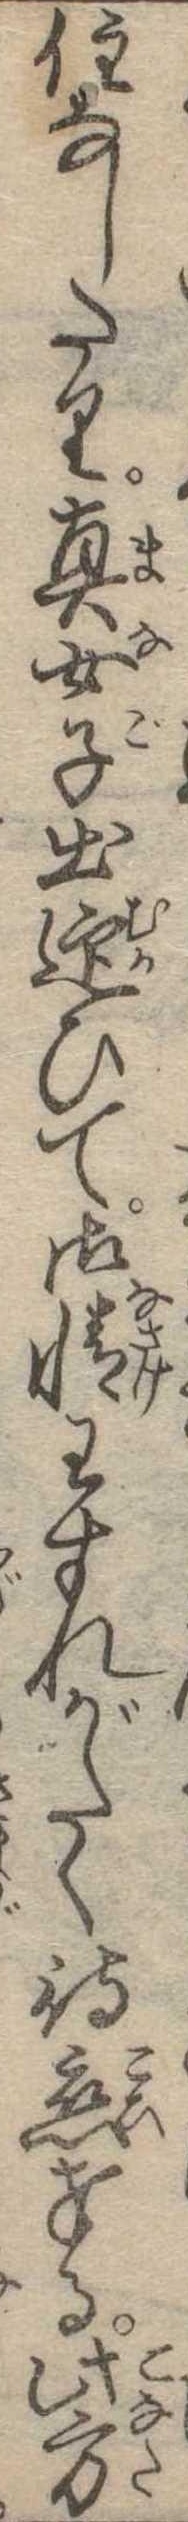
住なしたり真女児出迎ひて御情わすれがたく待恋奉る此方